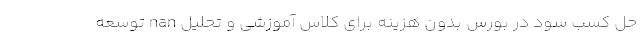
حل کسب سود در بورس بدون هزینه برای کلاس آموزشی و تحلیل nan توسعه